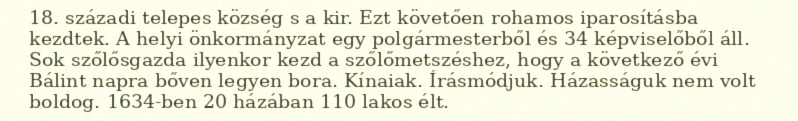
18. századi telepes község s a kir. Ezt követően rohamos iparosításba kezdtek. A helyi önkormányzat egy polgármesterből és 34 képviselőből áll. Sok szőlősgazda ilyenkor kezd a szőlőmetszéshez, hogy a következő évi Bálint napra bőven legyen bora. Kínaiak. Írásmódjuk. Házasságuk nem volt boldog. 1634-ben 20 házában 110 lakos élt.